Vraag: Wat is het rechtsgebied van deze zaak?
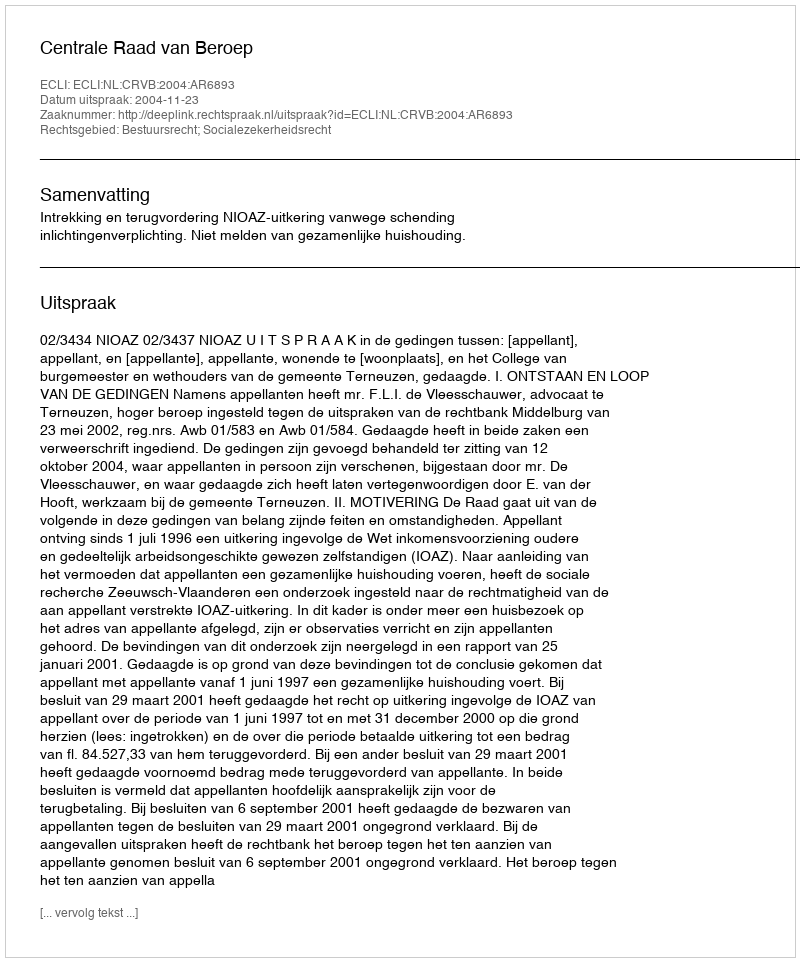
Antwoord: Bestuursrecht; Socialezekerheidsrecht